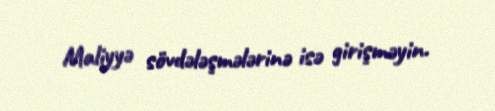
Maliyyə sövdələşmələrinə isə girişməyin.